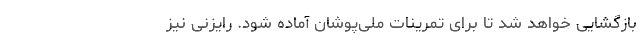
بازگشایی خواهد شد تا برای تمرینات ملی‌پوشان آماده شود. رایزنی نیز